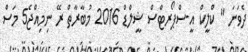
ދެވަނަ " ކްލީކް އީ-ސްޕޯރޓްސް ޝީލްޑް 2016 މުބާރާތް ރޭ ނިމިއްޖެ5 މަސް